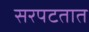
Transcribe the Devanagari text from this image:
सरपटतात